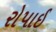
રોપાઈ